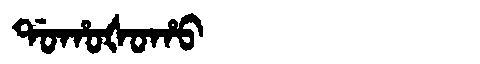
Manchu: ᡩᠣᡥᠣᡧᠣᡥᠣ
Romanization: DOHOŠOHO